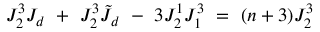
J _ { 2 } ^ { 3 } J _ { d } \ + \ J _ { 2 } ^ { 3 } \tilde { J } _ { d } \ - \ 3 J _ { 2 } ^ { 1 } J _ { 1 } ^ { 3 } \ = \ ( n + 3 ) J _ { 2 } ^ { 3 }